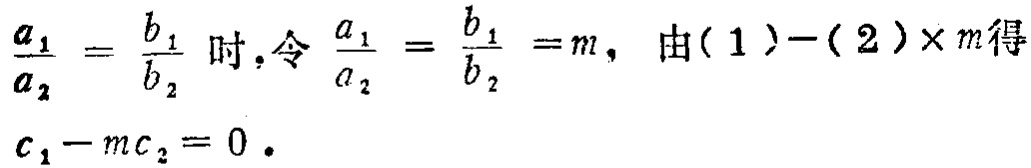
$\frac{a_{1}}{a_{2}}=\frac{b_{1}}{b_{2}}$ 时，令 $\frac{a_{1}}{a_{2}}=\frac{b_{1}}{b_{2}}=m$，由( 1 )-( 2 )$\times m$得

$c_{1}-m c_{2}=0 .$